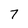
Character: 7